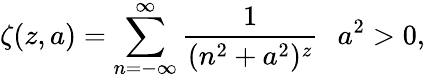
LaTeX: \zeta(z,a)=\sum_{n=-\infty}^{\infty}\frac{1}{(n^{2}+a^{2})^{z}}\, \, \, \, a^{2}>0,